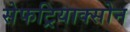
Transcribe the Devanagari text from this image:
सेफट्रियाक्सोन